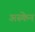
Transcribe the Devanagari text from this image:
अस्केन